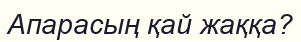
Апарасың қай жаққа?